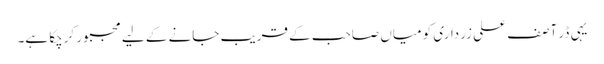
یہی ڈر آصف علی زرداری کو میاں صاحب کے قریب جانے کے لیے مجبور کرچکا ہے۔